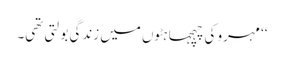
‘‘ مہرو کی چہچہاہٹوں میں زندگی بولتی تھی۔